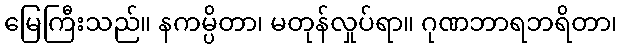
မြေကြီးသည်။ နကမ္ပိတာ၊ မတုန်လှုပ်ရာ။ ဂုဏဘာရဘရိတာ၊